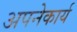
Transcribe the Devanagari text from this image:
अपनेकार्य